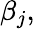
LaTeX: \beta_{j},